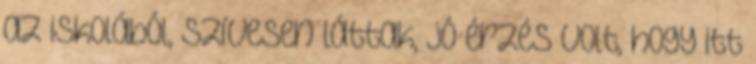
az iskolából, szívesen láttak, jó érzés volt, hogy itt